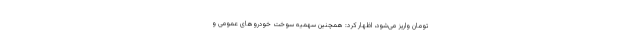
تومان واریز می‌شود، اظهار کرد: همچنین سهمیه سوخت خودروهای عمومی و